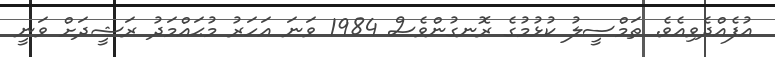
އުފެއްދެވިއެވެ. ތަމްސީލު ކުޅުމުގެ ރޮނގުންވެސް 1984 ވަނަ އަހަރު މުޙައްމަދު ރަޝީދަށް ވަނީ